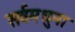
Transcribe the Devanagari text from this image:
सर्वमधुना